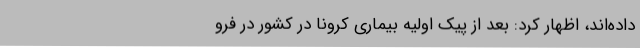
داده‌اند، اظهار کرد: بعد از پیک اولیه بیماری کرونا در کشور در فرو